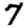
Digit: 7